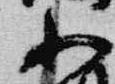
小